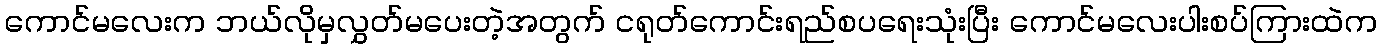
ကောင်မလေးက ဘယ်လိုမှလွှတ်မပေးတဲ့အတွက် ငရုတ်ကောင်းရည်စပရေးသုံးပြီး ကောင်မလေးပါးစပ်ကြားထဲက